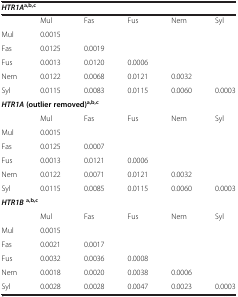
<table><thead><tr><td colspan="6"><b><i>HTR1A</i><sup>a,b,c</sup></b></td></tr></thead><tbody><tr><td></td><td>Mul</td><td>Fas</td><td>Fus</td><td>Nem</td><td>Syl</td></tr><tr><td>Mul</td><td>0.0015</td><td></td><td></td><td></td><td></td></tr><tr><td>Fas</td><td>0.0125</td><td>0.0019</td><td></td><td></td><td></td></tr><tr><td>Fus</td><td>0.0013</td><td>0.0120</td><td>0.0006</td><td></td><td></td></tr><tr><td>Nem</td><td>0.0122</td><td>0.0068</td><td>0.0121</td><td>0.0032</td><td></td></tr><tr><td>Syl</td><td>0.0115</td><td>0.0083</td><td>0.0115</td><td>0.0060</td><td>0.0003</td></tr><tr><td colspan="6"><b><i>HTR1A</i></b><b>(outlier removed)</b><sup><b>a,b,c</b></sup></td></tr><tr><td></td><td>Mul</td><td>Fas</td><td>Fus</td><td>Nem</td><td>Syl</td></tr><tr><td>Mul</td><td>0.0015</td><td></td><td></td><td></td><td></td></tr><tr><td>Fas</td><td>0.0125</td><td>0.0007</td><td></td><td></td><td></td></tr><tr><td>Fus</td><td>0.0013</td><td>0.0121</td><td>0.0006</td><td></td><td></td></tr><tr><td>Nem</td><td>0.0122</td><td>0.0071</td><td>0.0121</td><td>0.0032</td><td></td></tr><tr><td>Syl</td><td>0.0115</td><td>0.0085</td><td>0.0115</td><td>0.0060</td><td>0.0003</td></tr><tr><td colspan="6"><b><i>HTR1B</i></b><sup><b>a,b,c</b></sup></td></tr><tr><td></td><td>Mul</td><td>Fas</td><td>Fus</td><td>Nem</td><td>Syl</td></tr><tr><td>Mul</td><td>0.0015</td><td></td><td></td><td></td><td></td></tr><tr><td>Fas</td><td>0.0021</td><td>0.0017</td><td></td><td></td><td></td></tr><tr><td>Fus</td><td>0.0032</td><td>0.0036</td><td>0.0008</td><td></td><td></td></tr><tr><td>Nem</td><td>0.0018</td><td>0.0020</td><td>0.0038</td><td>0.0006</td><td></td></tr><tr><td>Syl</td><td>0.0028</td><td>0.0028</td><td>0.0047</td><td>0.0023</td><td>0.0003</td></tr></tbody></table>